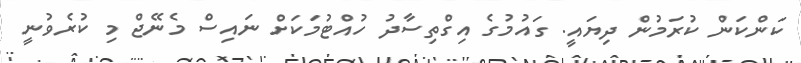
ކަންކަން ކުރަމުން ދިޔައީ. ގައުމުގެ އިގްތިސާދު ހުއްޓުމަކަށް ނައިސް މެނޭޖް މި ކުރެވުނީ